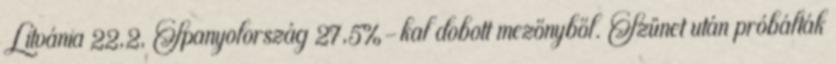
Litvánia 22,2, Spanyolország 27,5%-kal dobott mezőnyből. Szünet után próbálták